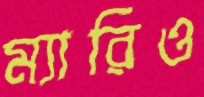
ম্যারিও